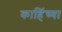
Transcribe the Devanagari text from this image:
काहिंच्या